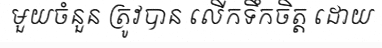
មួយចំនួន ត្រូវបាន លើកទឹកចិត្ត ដោយ